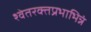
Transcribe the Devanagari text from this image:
श्वेतरक्तप्रभाभिन्नं